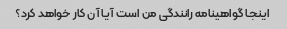
اینجا گواهینامه رانندگی من است آیا آن کار خواهد کرد؟